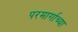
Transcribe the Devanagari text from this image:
परमार्गाच्या